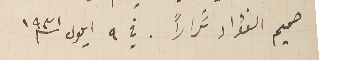
صميم الفؤاد تكراراً . في ٩ ايلول سنة ١٩٣١